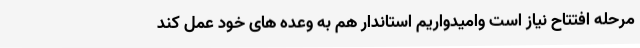
مرحله افتتاح نیاز است وامیدواریم استاندار هم به وعده های خود عمل کند